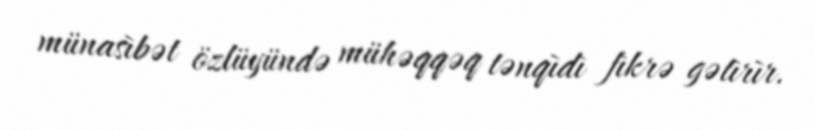
münasìbət özlüyündə mühəqqəq tənqìdì fìkrə gətìrìr.